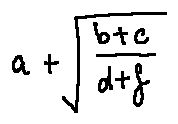
a + \sqrt { \frac { b + c } { d + f } }